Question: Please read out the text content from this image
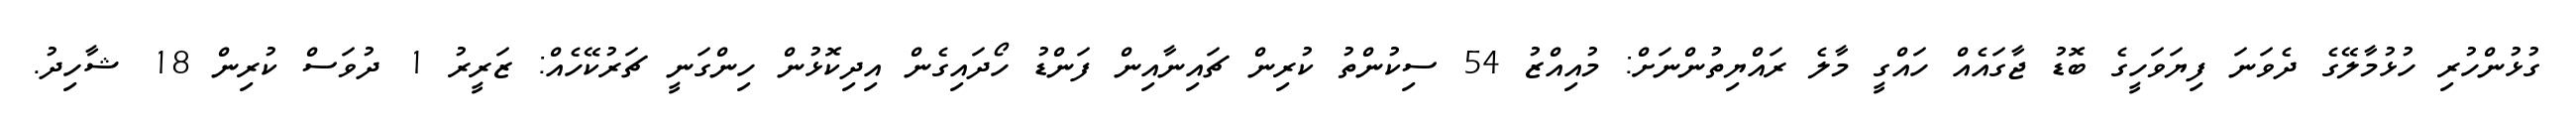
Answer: ގުޅުންހުރި ހުޅުމާލޭގެ ދެވަނަ ފިޔަވަހީގެ ބޮޑު ޖާގައެއް ހައްގީ މާލެ ރައްޔިތުންނަށް: މުއިއްޒު 54 ސިކުންތު ކުރިން ޗައިނާއިން ފަންޑު ހޯދައިގެން އިދިކޮޅުން ހިންގަނީ ޗަރުކޭހެއް: ޒަރީރު 1 ދުވަސް ކުރިން 18 ޝާހިދު.